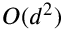
O ( d ^ { 2 } )